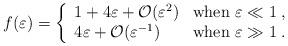
LaTeX: \begin{align*}f(\varepsilon)= \left\{ \begin{array}{ll} 1 + 4\varepsilon + \mathcal{O}(\varepsilon^2) & \mbox{when $\varepsilon\ll 1$}\;, \\ 4\varepsilon + \mathcal{O}(\varepsilon^{-1}) & \mbox{when $\varepsilon\gg 1$}\;. \end{array} \right.\end{align*}